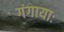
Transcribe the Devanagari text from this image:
गंगायाः